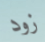
زود